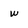
Character: w